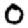
Digit: 0